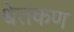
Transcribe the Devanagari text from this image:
श्वेतकण